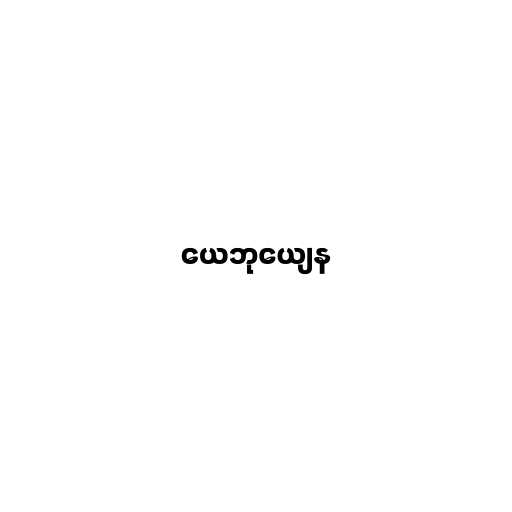
ယေဘုယျေန